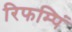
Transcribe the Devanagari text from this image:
रिफम्पिं